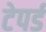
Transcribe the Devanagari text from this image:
टेपर्ड